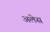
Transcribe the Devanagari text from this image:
अलेस